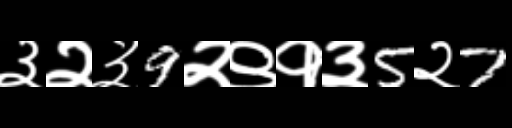
Text: ३२३9२९१३5२7